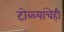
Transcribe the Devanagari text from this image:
टोळ्यांचेही